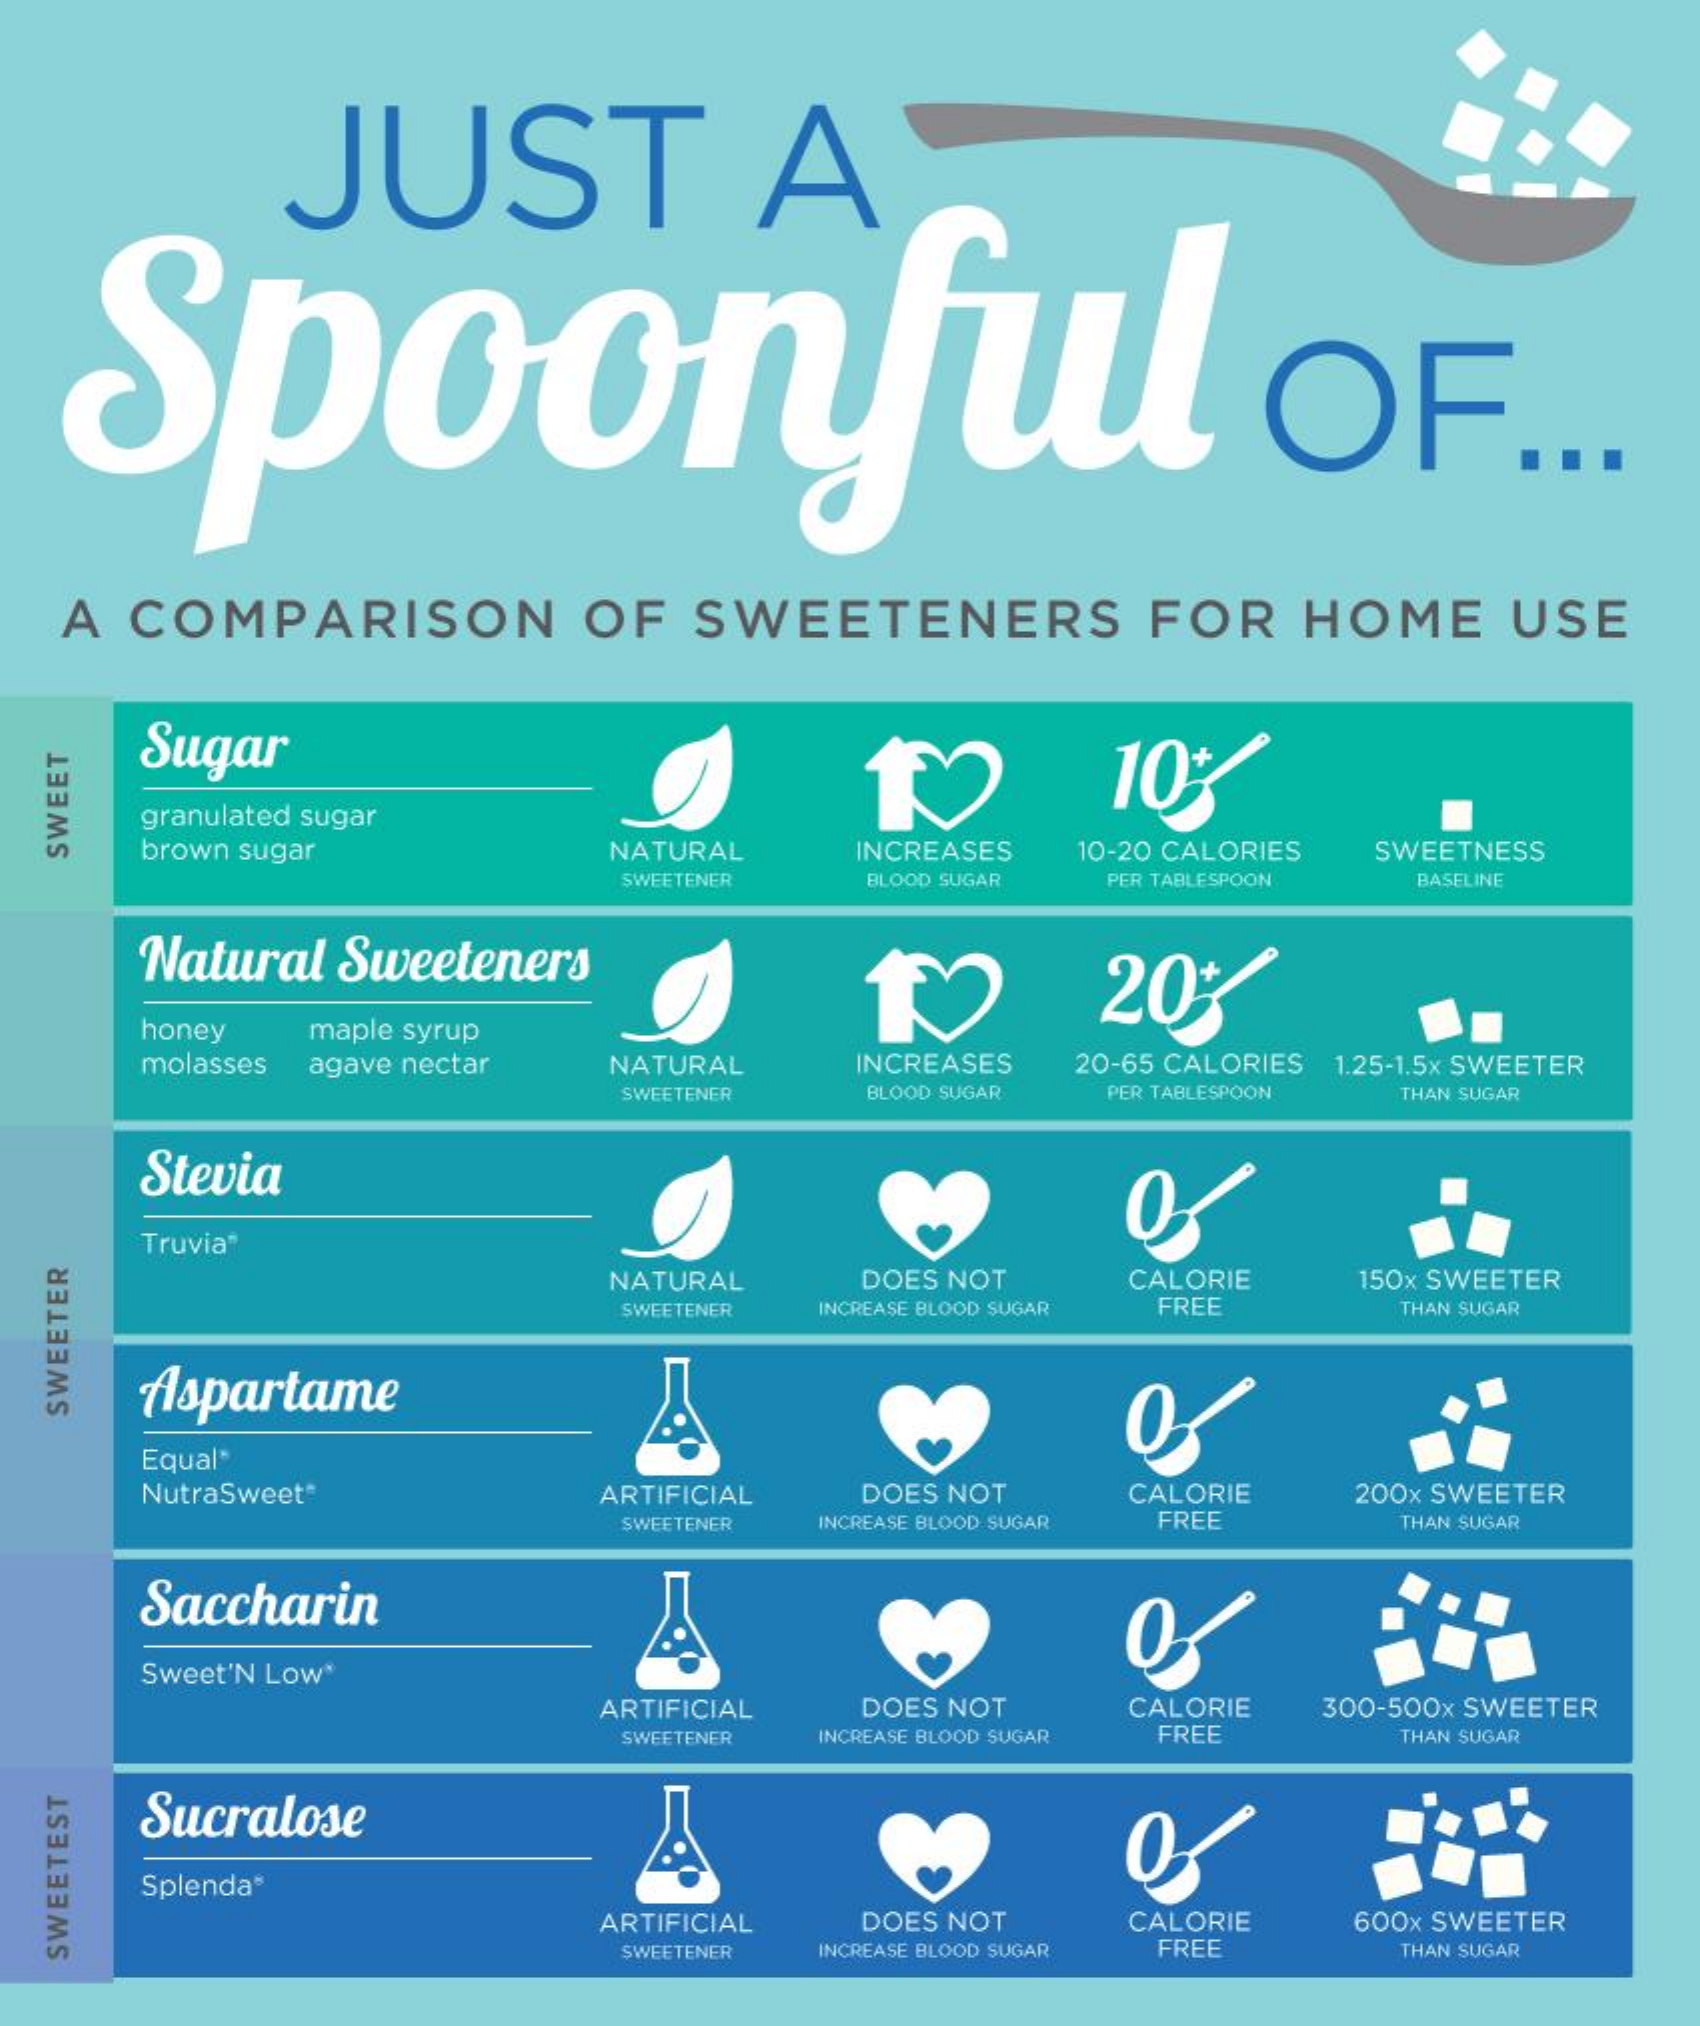
JUST    A
   Spoonful    OF.
   A  COMPARISON    OF   SWEETENERS    FOR    HOME    USE
     Sugar    10%
     granulated sugar
     brown sugar    NATURAL    INCREASES 10-20 CALORIES SWEETNESS
  SWEET
     SWEETENER  BLOOD SUGAR PER TABLESPOON BASELINE
     Natural Sweeteners
     20%
     honey  maple syrup
     molasses agave nectar NATURAL  INCREASES 20-65 CALORIES 1.25-1.5x SWEETER
     SWEETENER  BLOOD SUGAR PER TABLESPOON THAN SUGAR
     Stevia
     Truvia*
     NATURAL    DOES NOT    CALORIE   150x SWEETER
     SWEETENER INCREASE BLOOD SUGAR FREE THAN SUGAR
     Aspartame
  SWEETER
     Equal"
     NutraSweet    ARTIFICIAL  DOES NOT   CALORIE    200x SWEETER
     SWEETENER INCREASE BLOOD SUGAR FREE THAN SUGAR
     Saccharin
     Sweet'N Low"
     ARTIFICIAL  DOES NOT   CALORIE  300-500x SWEETER
     SWEETENER INCREASE BLOOD SUGAR FREE THAN SUGAR
     Sucralose
     Splenda*
     ARTIFICIAL  DOES NOT    CALORIE  600x SWEETER
     SWEETENER INCREASE BLOOD SUGAR FREE THAN SUGAR
  SWEETEST